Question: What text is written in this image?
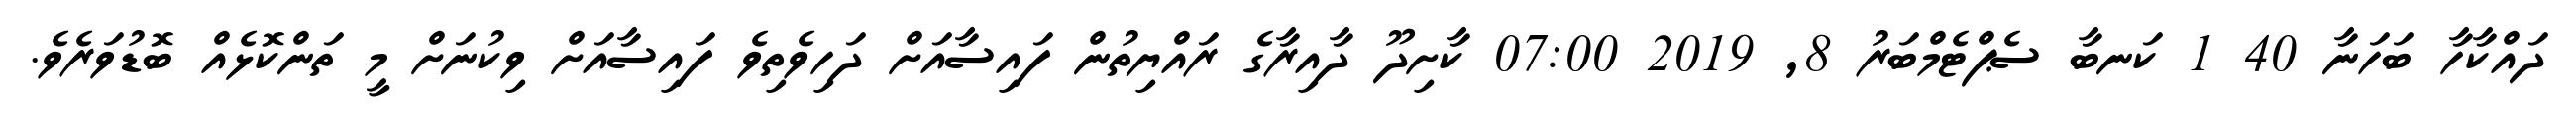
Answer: ދައްކާހާ ބަހަނާ 40 1 ކަނބާ ސެޕްޓެމްބަރު 8, 2019 07:00 ކާށިދޫ ދާއިރާގެ ރައްޔިތުން ފައިސާއަށް ދަހިވެތިވެ ފައިސާއަށް ވިކުނަށް މީ ތަންކޮޅެއް ބޮޑުވަރެވެ.